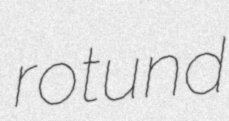
rotund